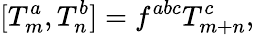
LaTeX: [T_{m}^{a},T_{n}^{b}]=f^{abc}T_{m+n}^{c},